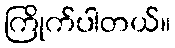
ကြိုက်ပါတယ်။